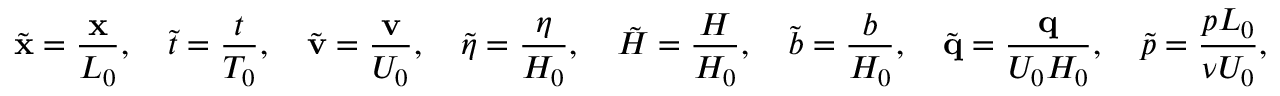
\tilde { \mathbf { x } } = \frac { \mathbf { x } } { L _ { 0 } } , \quad \tilde { t } = \frac { t } { T _ { 0 } } , \quad \tilde { \mathbf { v } } = \frac { \mathbf { v } } { U _ { 0 } } , \quad \tilde { \eta } = \frac { \eta } { H _ { 0 } } , \quad \tilde { H } = \frac { H } { H _ { 0 } } , \quad \tilde { b } = \frac { b } { H _ { 0 } } , \quad \tilde { \mathbf { q } } = \frac { \mathbf { q } } { U _ { 0 } H _ { 0 } } , \quad \tilde { p } = \frac { p L _ { 0 } } { \nu U _ { 0 } } ,